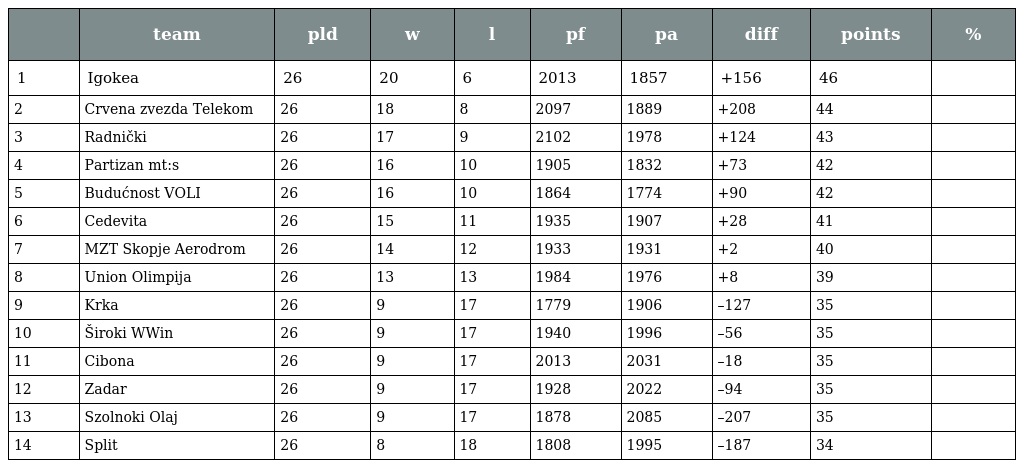
|  | team | pld | w | l | pf | pa | diff | points | % |
 | --- | --- | --- | --- | --- | --- | --- | --- | --- | --- |
 | 1 | Igokea | 26 | 20 | 6 | 2013 | 1857 | +156 | 46 |  |
 | 2 | Crvena zvezda Telekom | 26 | 18 | 8 | 2097 | 1889 | +208 | 44 |  |
 | 3 | Radnički | 26 | 17 | 9 | 2102 | 1978 | +124 | 43 |  |
 | 4 | Partizan mt:s | 26 | 16 | 10 | 1905 | 1832 | +73 | 42 |  |
 | 5 | Budućnost VOLI | 26 | 16 | 10 | 1864 | 1774 | +90 | 42 |  |
 | 6 | Cedevita | 26 | 15 | 11 | 1935 | 1907 | +28 | 41 |  |
 | 7 | MZT Skopje Aerodrom | 26 | 14 | 12 | 1933 | 1931 | +2 | 40 |  |
 | 8 | Union Olimpija | 26 | 13 | 13 | 1984 | 1976 | +8 | 39 |  |
 | 9 | Krka | 26 | 9 | 17 | 1779 | 1906 | –127 | 35 |  |
 | 10 | Široki WWin | 26 | 9 | 17 | 1940 | 1996 | –56 | 35 |  |
 | 11 | Cibona | 26 | 9 | 17 | 2013 | 2031 | –18 | 35 |  |
 | 12 | Zadar | 26 | 9 | 17 | 1928 | 2022 | –94 | 35 |  |
 | 13 | Szolnoki Olaj | 26 | 9 | 17 | 1878 | 2085 | –207 | 35 |  |
 | 14 | Split | 26 | 8 | 18 | 1808 | 1995 | –187 | 34 |  |